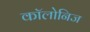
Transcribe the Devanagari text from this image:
कॉलोनिज